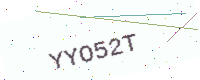
Text: YYO52T